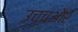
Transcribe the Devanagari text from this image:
उच्चऔर